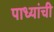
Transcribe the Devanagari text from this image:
पाध्यांची